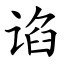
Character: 谄